Vaccination in Bombay 1913-1923 - 1913-1923
Year: 1913
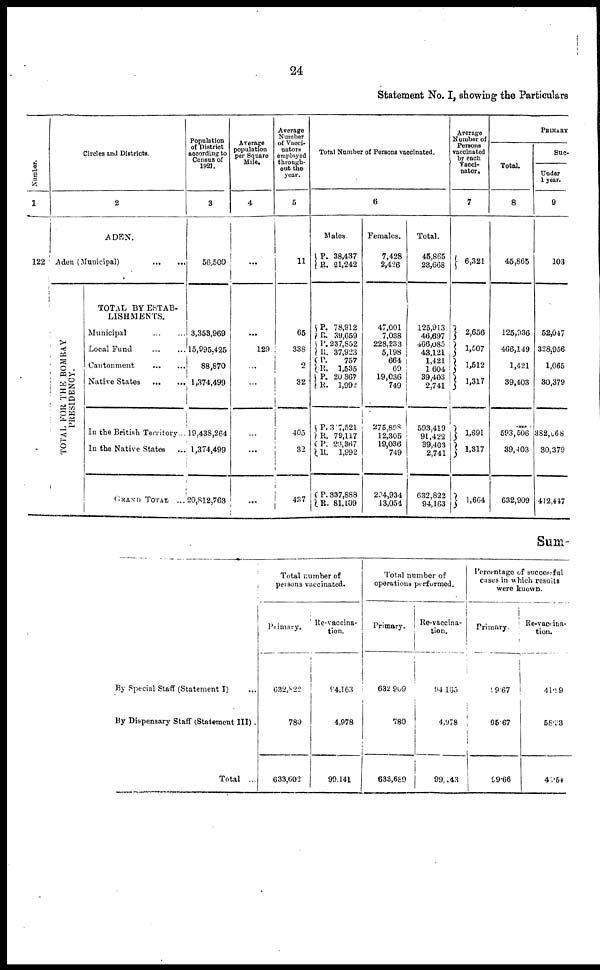
24
Statement No. I, showing the Particulars
Number.
1
122
Circles and Districts.
2
ADEN.
Aden (Municipal)
...
...
TOTAL FOR THE BOMBAY
PRESIDENCY.
TOTAL BY ESTAB-
LISHMENTS.
Municipal ... ...
Local Fund
...
...
Cantonment
...
...
Native States
...
...
In the British Territory...
In the Native States ...
GRAND TOTAL
...
Population
of District
according to
Census of
1921.
3
Average
population
per Square
Mile.
4
56,500
3,353,969
15,995,425
88,870
1,374,499
19,438,264
1,374,499
20,812,763
...
...
129
...
...
...
...
...
Average
Number
of Vacci¬
nators
employed
through-
out the
year.
5
11
65
338
2
32
405
32
437
Total Number of Persons vaccinated.
6
Males.
P.
R.
P.
R.
P.
R.
P.
R. P.
R.
P.
R.
P.
R.
P.
R.
38,437
21,242
78,912
39,659
237,852
37,923
757
1,535
20,367
1,992
317,521
79,117
20,367
1,992
337,888
81,109
Females.
7,428
2,426
47,001
7,038
228,233
5,198
664
69
19,036
749
275,898
12,305
19,036
749
294,934
13,054
Total.
45,865
23,668
125,913
46,697
466,085
43,121
1,421
1,604
39,403
2,741
593, 419
91,422
39,403
2,741
632,822
94,163
Average
Number of
Persons
vaccinated
by each
Vacci¬
nator.
7
6,321
2,656
1,507
1,512
1,317
1,691
1,317
1,664
PRIMARY
Total.
8
45,865
125,936
466,149
1,421
39,403
593,506
39,403
632,909
Suc¬
Under
1 year.
9
103
52,047
328,956
1,065
30,379
382,068
30,379
412,447
Sum¬
By Special Staff (Statement I) ...
By Dispensary Staff (Statement III) .
Total ...
Total number of
persons vaccinated.
Primary.
632,822
780
633,602
Re-vaccina-
tion.
94,163
4,978
99,141
Total number of
operations performed.
Primary.
632 909
780
633,689
Re-vaccina-
tion.
94,165
4,978
99,143
Percentage of successful
cases in which results
were known.
Primary.
99.67
95.67
99.66
Re-vaccina¬
tion.
41.99
58.93
45.54